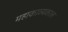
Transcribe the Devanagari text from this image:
महाकाव्‍यकाल